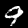
Digit: 9